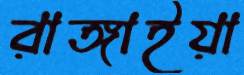
রাঙ্গাইয়া